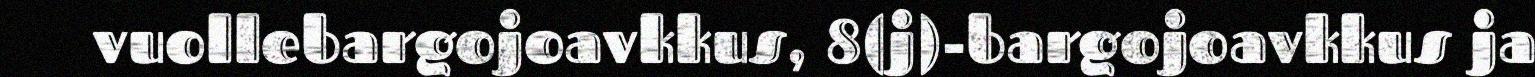
vuollebargojoavkkus, 8(j)-bargojoavkkus ja